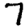
Digit: 7